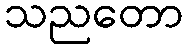
သညတော